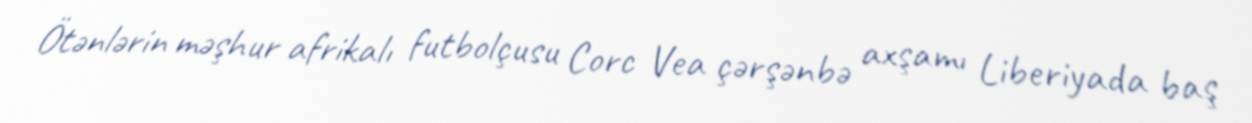
Ötənlərin məşhur afrikalı futbolçusu Corc Vea çərşənbə axşamı Liberiyada baş